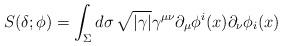
LaTeX: \begin{align*} S( \delta; \phi) = \int_\Sigma d\sigma \,\sqrt{|\gamma|} \gamma^{\mu\nu} \partial_\mu \phi^i (x) \partial_\nu \phi_i(x) \end{align*}